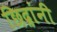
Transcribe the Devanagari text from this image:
छिद्रांनी